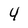
Character: 4